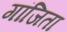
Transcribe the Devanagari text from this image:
गांजिता